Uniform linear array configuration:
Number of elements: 24
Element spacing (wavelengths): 0.25
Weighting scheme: blackman
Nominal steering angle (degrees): -45
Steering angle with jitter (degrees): -43.629
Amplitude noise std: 0.05
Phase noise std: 0.05

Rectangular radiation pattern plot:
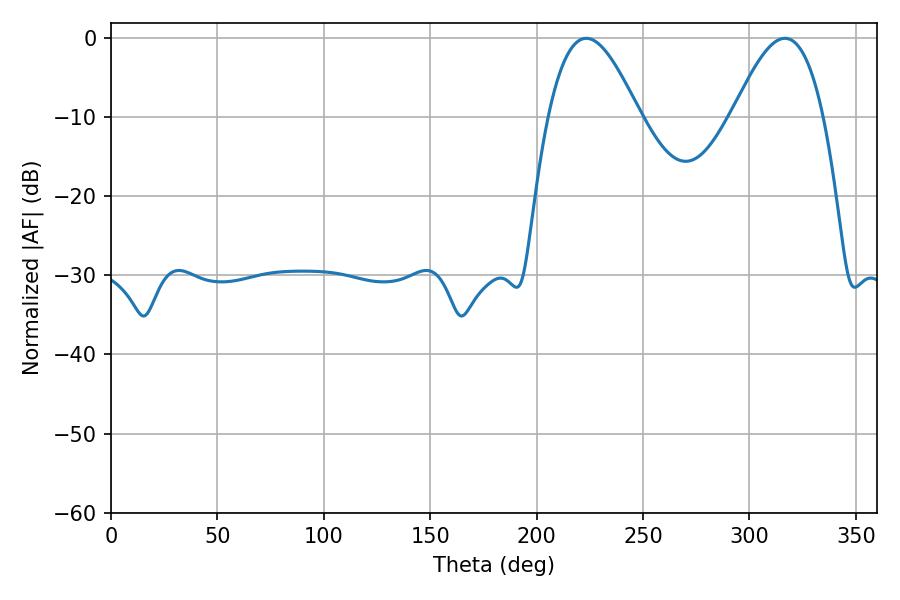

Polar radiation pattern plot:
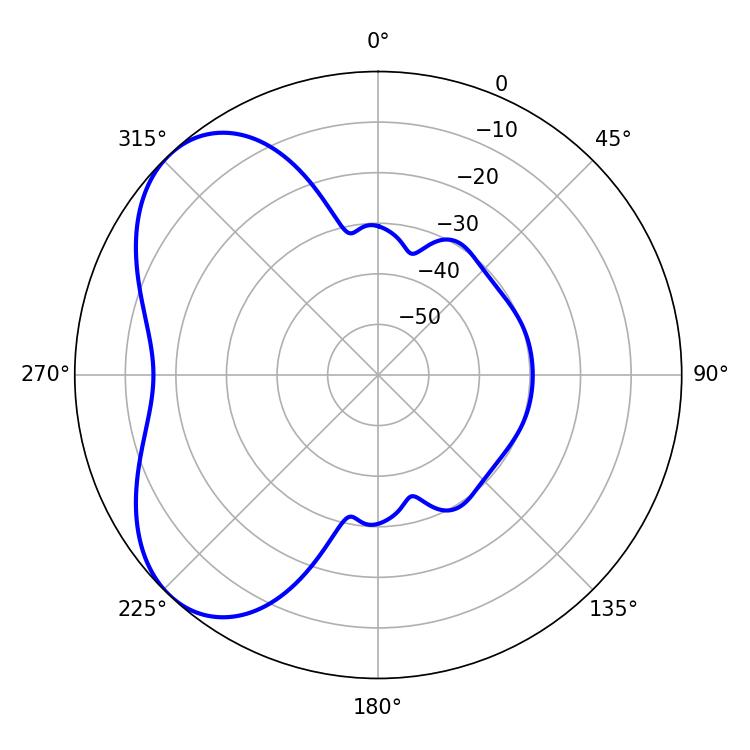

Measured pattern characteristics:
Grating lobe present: FALSE
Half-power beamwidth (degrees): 23.04
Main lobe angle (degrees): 223.38